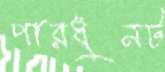
পারধুনট